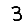
Digit: 3